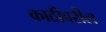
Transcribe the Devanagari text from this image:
काठीवरील